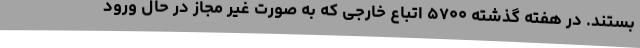
بستند. در هفته گذشته ۵۷۰۰ اتباع خارجی که به صورت غیر مجاز در حال ورود